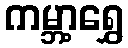
ကမ္ဘာ့ရွှေ